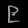
Digit: ၉